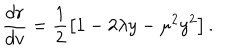
\frac { d r } { d v } = \frac { 1 } { 2 } \left[ 1 - 2 \lambda y - \mu ^ { 2 } y ^ { 2 } \right] .